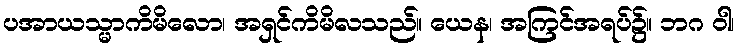
ပအာယသ္မာကိမိလော၊ အရှင်ကိမိလသည်။ ယေန၊ အကြင်အရပ်၌။ ဘဂ ဝါ၊